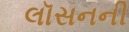
લૉસનની